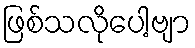
ဖြစ်သလိုပေါ့ဗျာ